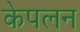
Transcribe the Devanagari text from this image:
केपलन